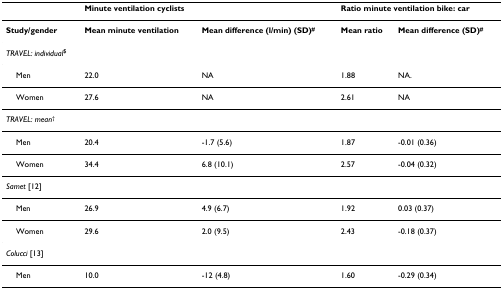
<table><thead><tr><td></td><td colspan="2"><b>Minute ventilation cyclists</b></td><td colspan="2"><b>Ratio minute ventilation bike: car</b></td></tr></thead><tbody><tr><td><b>Study/gender</b></td><td><b>Mean minute ventilation</b></td><td><b>Mean difference (l/min) (SD)<sup>#</sup></b></td><td><b>Mean ratio</b></td><td><b>Mean difference (SD)<sup>#</sup></b></td></tr><tr><td><i>TRAVEL: individual</i><sup>$</sup></td><td></td><td></td><td></td><td></td></tr><tr><td> Men</td><td>22.0</td><td>NA</td><td>1.88</td><td>NA.</td></tr><tr><td> Women</td><td>27.6</td><td>NA</td><td>2.61</td><td>NA</td></tr><tr><td><i>TRAVEL: mean</i><sup>†</sup></td><td></td><td></td><td></td><td></td></tr><tr><td> Men</td><td>20.4</td><td>-1.7 (5.6)</td><td>1.87</td><td>-0.01 (0.36)</td></tr><tr><td> Women</td><td>34.4</td><td>6.8 (10.1)</td><td>2.57</td><td>-0.04 (0.32)</td></tr><tr><td><i>Samet </i>[12]</td><td></td><td></td><td></td><td></td></tr><tr><td> Men</td><td>26.9</td><td>4.9 (6.7)</td><td>1.92</td><td>0.03 (0.37)</td></tr><tr><td> Women</td><td>29.6</td><td>2.0 (9.5)</td><td>2.43</td><td>-0.18 (0.37)</td></tr><tr><td><i>Colucci </i>[13]</td><td></td><td></td><td></td><td></td></tr><tr><td> Men</td><td>10.0</td><td>-12 (4.8)</td><td>1.60</td><td>-0.29 (0.34)</td></tr></tbody></table>